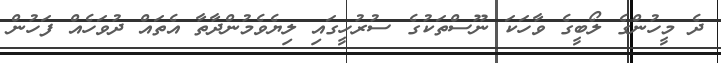
ދެ މީހުންގެ ލޯބީގެ ވާހަކަ ނޫސްތަކުގެ ސުރުހީގައި ލިޔެވެމުންދާތާ އެތައް ދުވަހެއް ފަހުން